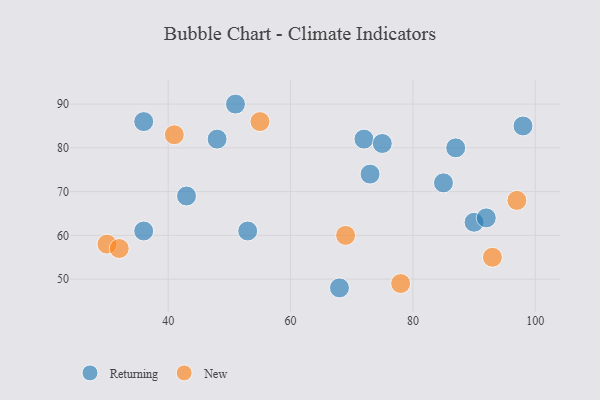
{"axis": {"x": "GDP", "y": "Life Expectancy"}, "legend": ["New", "Returning"], "data": [{"x": "36", "y": 86, "type": "Returning"}, {"x": "68", "y": 48, "type": "Returning"}, {"x": "72", "y": 82, "type": "Returning"}, {"x": "53", "y": 61, "type": "Returning"}, {"x": "43", "y": 69, "type": "Returning"}, {"x": "36", "y": 61, "type": "Returning"}, {"x": "73", "y": 74, "type": "Returning"}, {"x": "98", "y": 85, "type": "Returning"}, {"x": "90", "y": 63, "type": "Returning"}, {"x": "85", "y": 72, "type": "Returning"}, {"x": "92", "y": 64, "type": "Returning"}, {"x": "51", "y": 90, "type": "Returning"}, {"x": "87", "y": 80, "type": "Returning"}, {"x": "48", "y": 82, "type": "Returning"}, {"x": "75", "y": 81, "type": "Returning"}, {"x": "30", "y": 58, "type": "New"}, {"x": "55", "y": 86, "type": "New"}, {"x": "93", "y": 55, "type": "New"}, {"x": "78", "y": 49, "type": "New"}, {"x": "41", "y": 83, "type": "New"}, {"x": "97", "y": 68, "type": "New"}, {"x": "69", "y": 60, "type": "New"}, {"x": "32", "y": 57, "type": "New"}]}